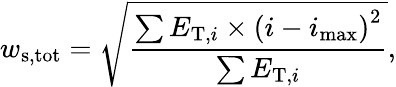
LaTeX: w_{\mathrm{s,tot}}=\sqrt{\frac{\sum{E_{\mathrm{T},i}\times(i-i_{\mathrm{max}})}^{2}}{\sum{E_{\mathrm{T},i}}}},